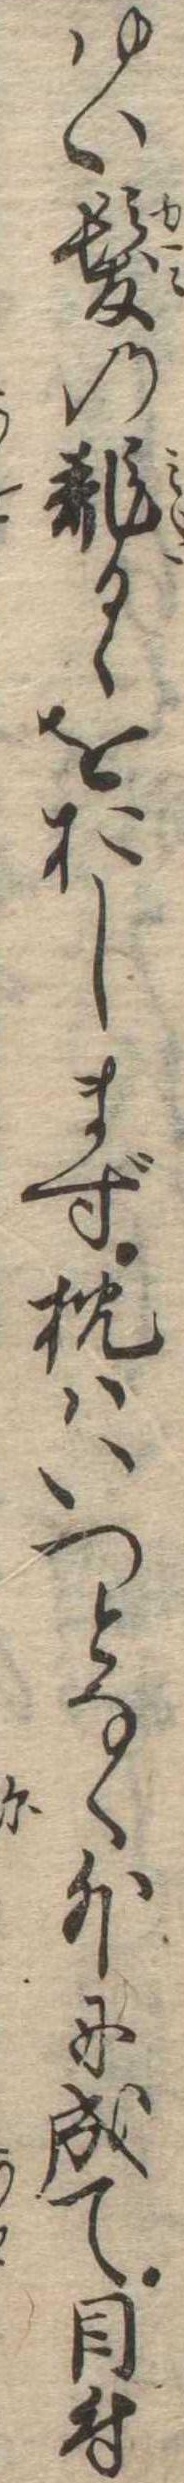
ゆい髪の乱るゝをおしまず枕はいつとなく外に成て目付